Report on the working of the mental hospitals for Indians in Bihar and Orissa - 1925-1929
Year: 1925
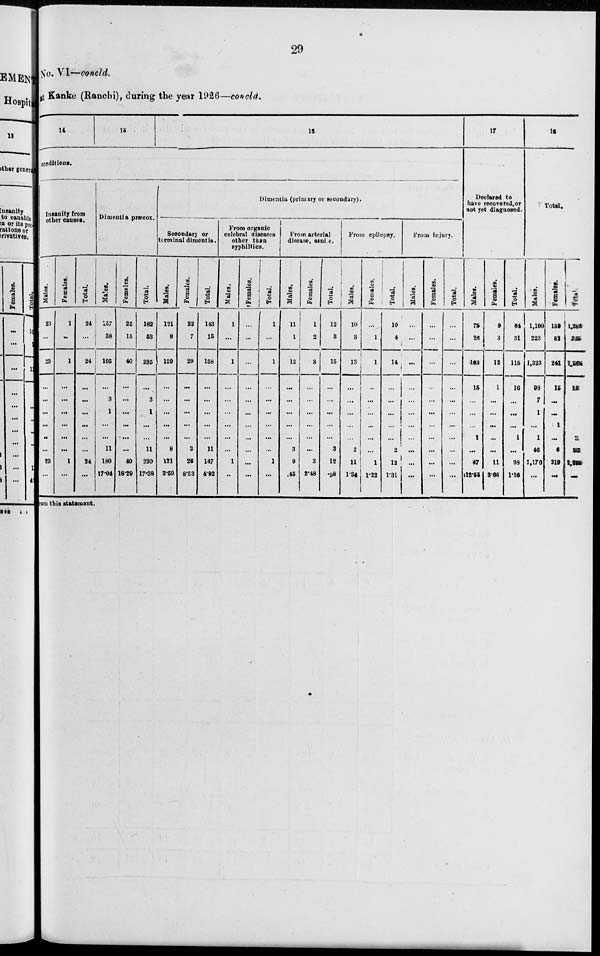
29
No. VI—concld.
at Kanke (Ranchi), during the year 1926—concld.
14
15
16
conditions.
Insanity from
other causes.
Males.
23
...
23
...
...
...
...
...
...
23
...
Females.
1
...
1
...
...
...
...
...
...
1
...
Total.
24
...
24
...
...
...
...
...
...
24
...
Dimentia præcox.
Males.
157
38
195
...
3
1
...
...
11
180
17.04
Females.
25
15
40
...
...
...
...
...
...
40
18.29
Total.
182
53
235
...
3
1
...
...
11
220
17.38
Dimentia (primary or secondary).
Secondary or
terminal dimentia.
Males.
121
8
129
...
...
...
...
...
8
121
3.59
Females.
22
7
29
...
...
...
...
...
3
26
8.53
Total.
143
15
158
...
...
...
...
...
11
147
4.92
From organic
celebral diseases
other than
syphiltics.
Males.
1
...
1
...
...
...
...
...
...
1
...
Females.
...
...
...
...
...
...
...
...
...
...
...
Total.
1
...
1
...
...
...
...
...
...
1
...
From arterial
disease, senile.
Males.
11
1
12
...
...
...
...
...
3
9
.45
Females.
1
2
3
...
...
...
...
...
...
3
2.48
Total.
12
3
15
...
...
...
...
...
3
12
.98
From epilepsy.
Males.
10
3
13
...
...
...
...
...
2
11
1.34
Females.
...
1
1
...
...
...
...
...
...
1
1.22
Total.
10
4
14
...
...
...
...
...
2
12
1.31
From injury.
Males.
...
...
...
...
...
...
...
...
...
...
...
Females.
...
...
...
...
...
...
...
...
...
...
...
Total.
...
...
...
...
...
...
...
...
...
...
...
17
Declared to
have recovered or
not yet diagnosed.
Males.
75
28
103
15
...
...
...
1
...
87
12.55
Females.
9
3
12
1
...
...
...
...
...
11
3.66
Total.
84
31
115
16
...
...
...
1
...
98
1.16
18
Total.
Males.
1,100
223
1,323
98
7
1
...
1
46
1,170
...
Females.
159
82
241
15
...
...
1
...
6
219
...
Total.
1,259
305
1,564
113
7
1
1
1
52
1,389
...
from this statement.